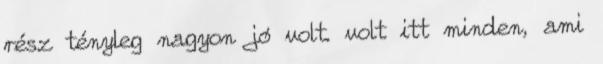
rész tényleg nagyon jó volt. volt itt minden, ami